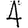
Digit: 4